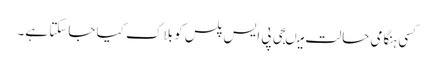
کسی ہنگامی حالت میںجی پی ایس پلس کو بلاک کیا جاسکتا ہے۔